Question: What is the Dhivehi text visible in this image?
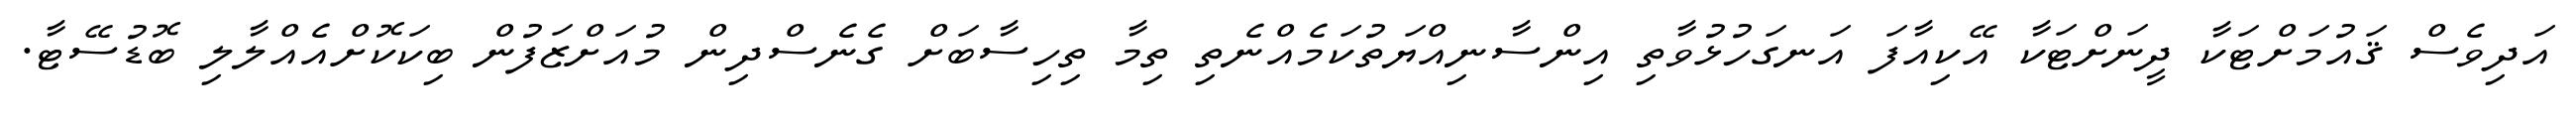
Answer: އަދިވެސް ޤައުމަށްޓަކާ ދީނަށްޓަކާ އޭކިއާފަ އަނގަހުޅުވާތި އިންސާނިއްޔަތުކަމެއްނެތި ތިމާ ތިހިސާބަށް ގެނެސްދިން މުއަށްޒަފުން ބިކަކޮށްއެއްލާލި ބޮޑުސޭޓާ.